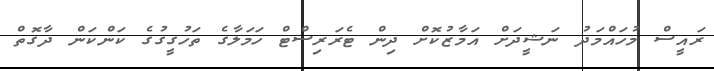
ރައީސް މުހައްމަދު ނަޝީދަށް އަމާޒުކޮށް ދިން ޓެރަރިސްޓް ހަމަލާގެ ތަހުގީގުގެ ކަންކަން ދާގޮތް